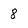
Character: 8